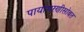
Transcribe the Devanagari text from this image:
पायाभरणीसोबत